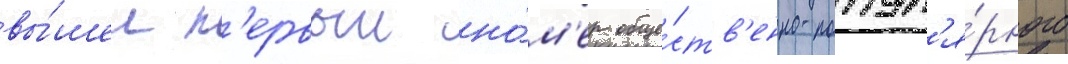
вы́шел п'ервыи но́м'ер обще́ств'енно-попул'я́рного